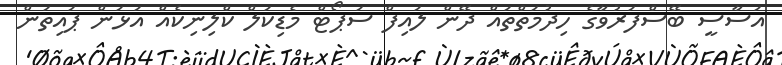
އަސާސީ ބޭސްފަރުވާގެ ހިދުމަތްތައް ދޭން ލައިފް ސަޕޯޓް މެޑިކަލް ކްލިނިކެއް އަޅަން ޕައިތަން